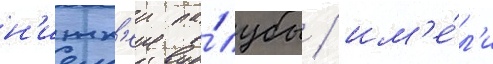
н'ижн'еи па́лубы / им'е́л'и